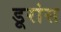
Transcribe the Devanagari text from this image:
डूरांस